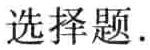
选择题.